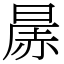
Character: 㬄